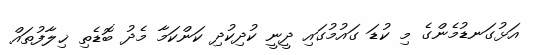
އަޅުގަނޑުމެންގެ މި ކުޑަ ގައުމުގައި ދީނީ ކުދިކުދި ކަންކަމާ މެދު ބޮޑެތި ޚިލާފުތައް